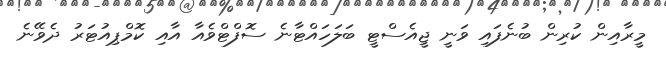
މީރާއިން ކުރިން ބުނެފައި ވަނީ ޖީއެސްޓީ ބަލަހައްޓާނެ ސޮފްޓްވެއާ އާއި ކޮމްޕިއުޓަރު ދެވޭނެ